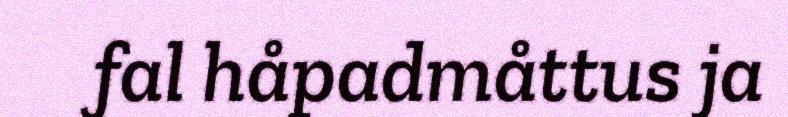
fal håpadmåttus ja